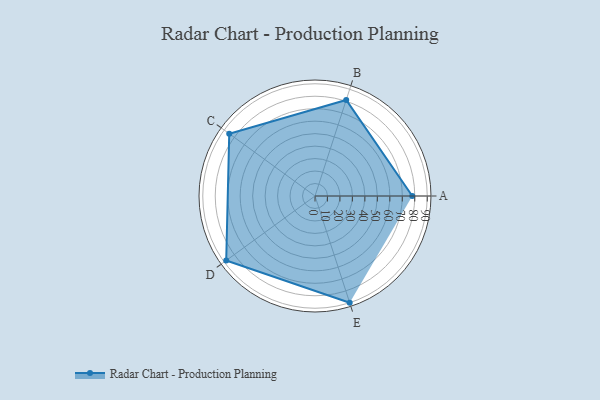
{"axis": {"x": "Skill", "y": "Score"}, "legend": ["Profile"], "data": [{"x": "A", "y": 78.0, "type": "Profile"}, {"x": "B", "y": 81.0, "type": "Profile"}, {"x": "C", "y": 85.0, "type": "Profile"}, {"x": "D", "y": 88.0, "type": "Profile"}, {"x": "E", "y": 90.0, "type": "Profile"}]}